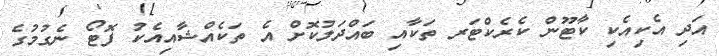
އަދި އެކިއެކި ކާޓޫން ކެރެކްޓަރ ތަކާއި ބައްދަލުކޮށް އެ ތަކެއްޝާއިއެކު ފޮޓޯ ނެގުމުގެ